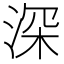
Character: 深